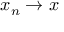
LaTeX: x _ { n } \rightarrow x